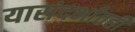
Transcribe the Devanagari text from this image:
यासंदर्भातही